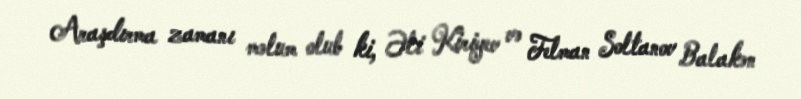
Araşdırma zamanı məlum olub ki, Əli Kiriyev və Telman Soltanov Balakən